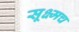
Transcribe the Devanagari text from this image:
सूक्ष्मच